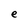
Character: e